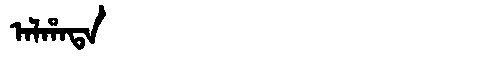
Manchu: ᠠᠯᡥᠠᡨᠠ
Romanization: ALHATA